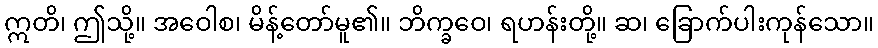
ဣတိ၊ ဤသို့။ အဝေါစ၊ မိန့်တော်မူ၏။ ဘိက္ခဝေ၊ ရဟန်းတို့။ ဆ၊ ခြောက်ပါးကုန်သော။